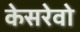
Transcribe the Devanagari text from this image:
केसरेवो